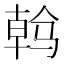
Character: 𱅠